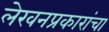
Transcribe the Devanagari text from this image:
लेखनप्रकारांचा